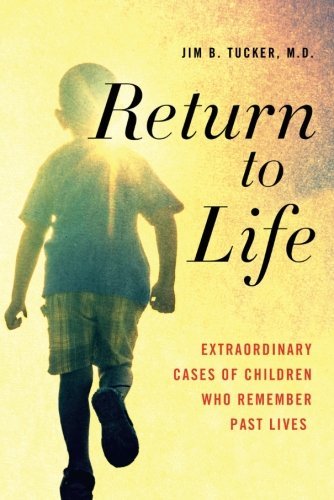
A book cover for Return to Life: Extraordinary Cases of Children Who Remember Past Lives; Jim B. Tucker; Religion & Spirituality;